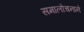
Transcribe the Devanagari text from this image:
समालोचनाने